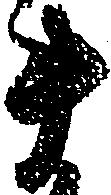
ま